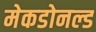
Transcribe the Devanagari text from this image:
मेकडोनल्ड